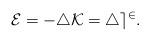
LaTeX: \begin{align*}\cal {E}= -4 K= 4 e^2.\end{align*}